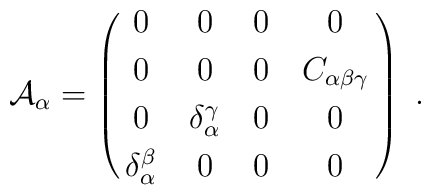
{\cal A}_\alpha  = \pmatrix{0&0&0&0 \cr \noalign{\vskip1mm}              0&0&0 &C_{\alpha \beta \gamma }\cr \noalign{\vskip1mm}              0&\delta_\alpha ^\gamma&0&0\cr \noalign{\vskip1mm}              \delta^\beta _\alpha& 0&0&0\cr }\ .